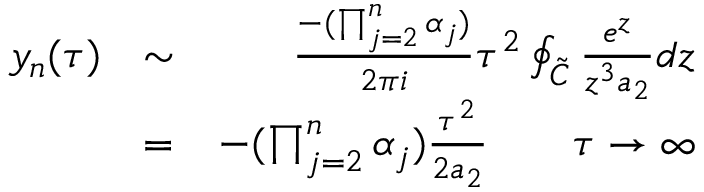
\begin{array} { r l r } { y _ { n } ( \tau ) } & { \sim } & { \frac { - ( \prod _ { j = 2 } ^ { n } \alpha _ { j } ) } { 2 \pi i } \tau ^ { 2 } \oint _ { \cal \tilde { C } } \frac { e ^ { z } } { z ^ { 3 } a _ { 2 } } d z } \\ & { = } & { - ( \prod _ { j = 2 } ^ { n } \alpha _ { j } ) \frac { \tau ^ { 2 } } { 2 a _ { 2 } } \qquad \tau \rightarrow \infty } \end{array}